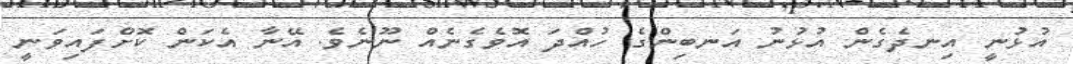
އުޅުނީ އިނދެގެން އުޅުނު އަނބިންގެ ހުއްދަ އޮވެގެނެއް ނޫނެވެ. އޭނާ އެކަން ކޮށްފައިވަނީ